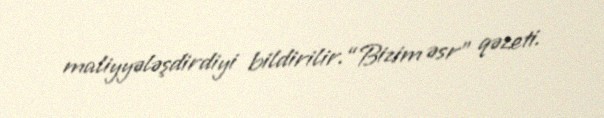
maliyyələşdirdiyi bildirilir.“Bizim əsr” qəzeti.